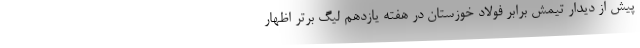
پیش از دیدار تیمش برابر فولاد خوزستان در هفته یازدهم لیگ برتر اظهار